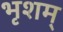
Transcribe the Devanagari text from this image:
भृशम्‌